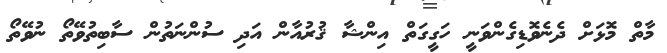
މާތް މޮޅަށް ދެނެވޮޑިގެންވަނީ ހަގީގަތް އިންޝާ ޤުރުއާން އަދި ސުންނަތުން ސާބިތުވޭތޯ ނުވޭތޯ